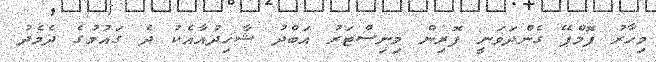
މިހާރު ޕޮމްޕޭ ގެންދަވަނީ ފޮރިން މިނިސްޓަރު އަބްދު ޝާހިދުއާއެކު ދެ ގައުމުގެ ދެމެދު